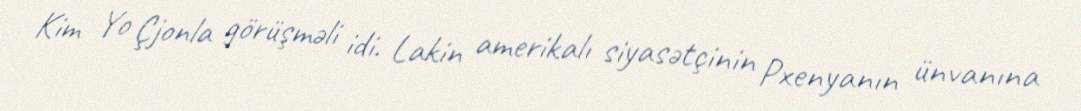
Kim Yo Çjonla görüşməli idi. Lakin amerikalı siyasətçinin Pxenyanın ünvanına